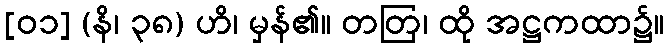
[၀၁] (နိ၊ ၃၈) ဟိ၊ မှန်၏။ တတြ၊ ထို အဋ္ဌကထာ၌။